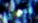
يعترض